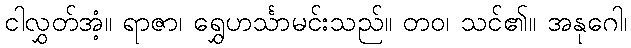
ငါလွှတ်အံ့။ ရာဇာ၊ ရွှေဟင်္သာမင်းသည်။ တဝ၊ သင်၏။ အနုဂေါ၊